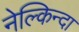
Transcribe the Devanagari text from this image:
नेल्किन्दा